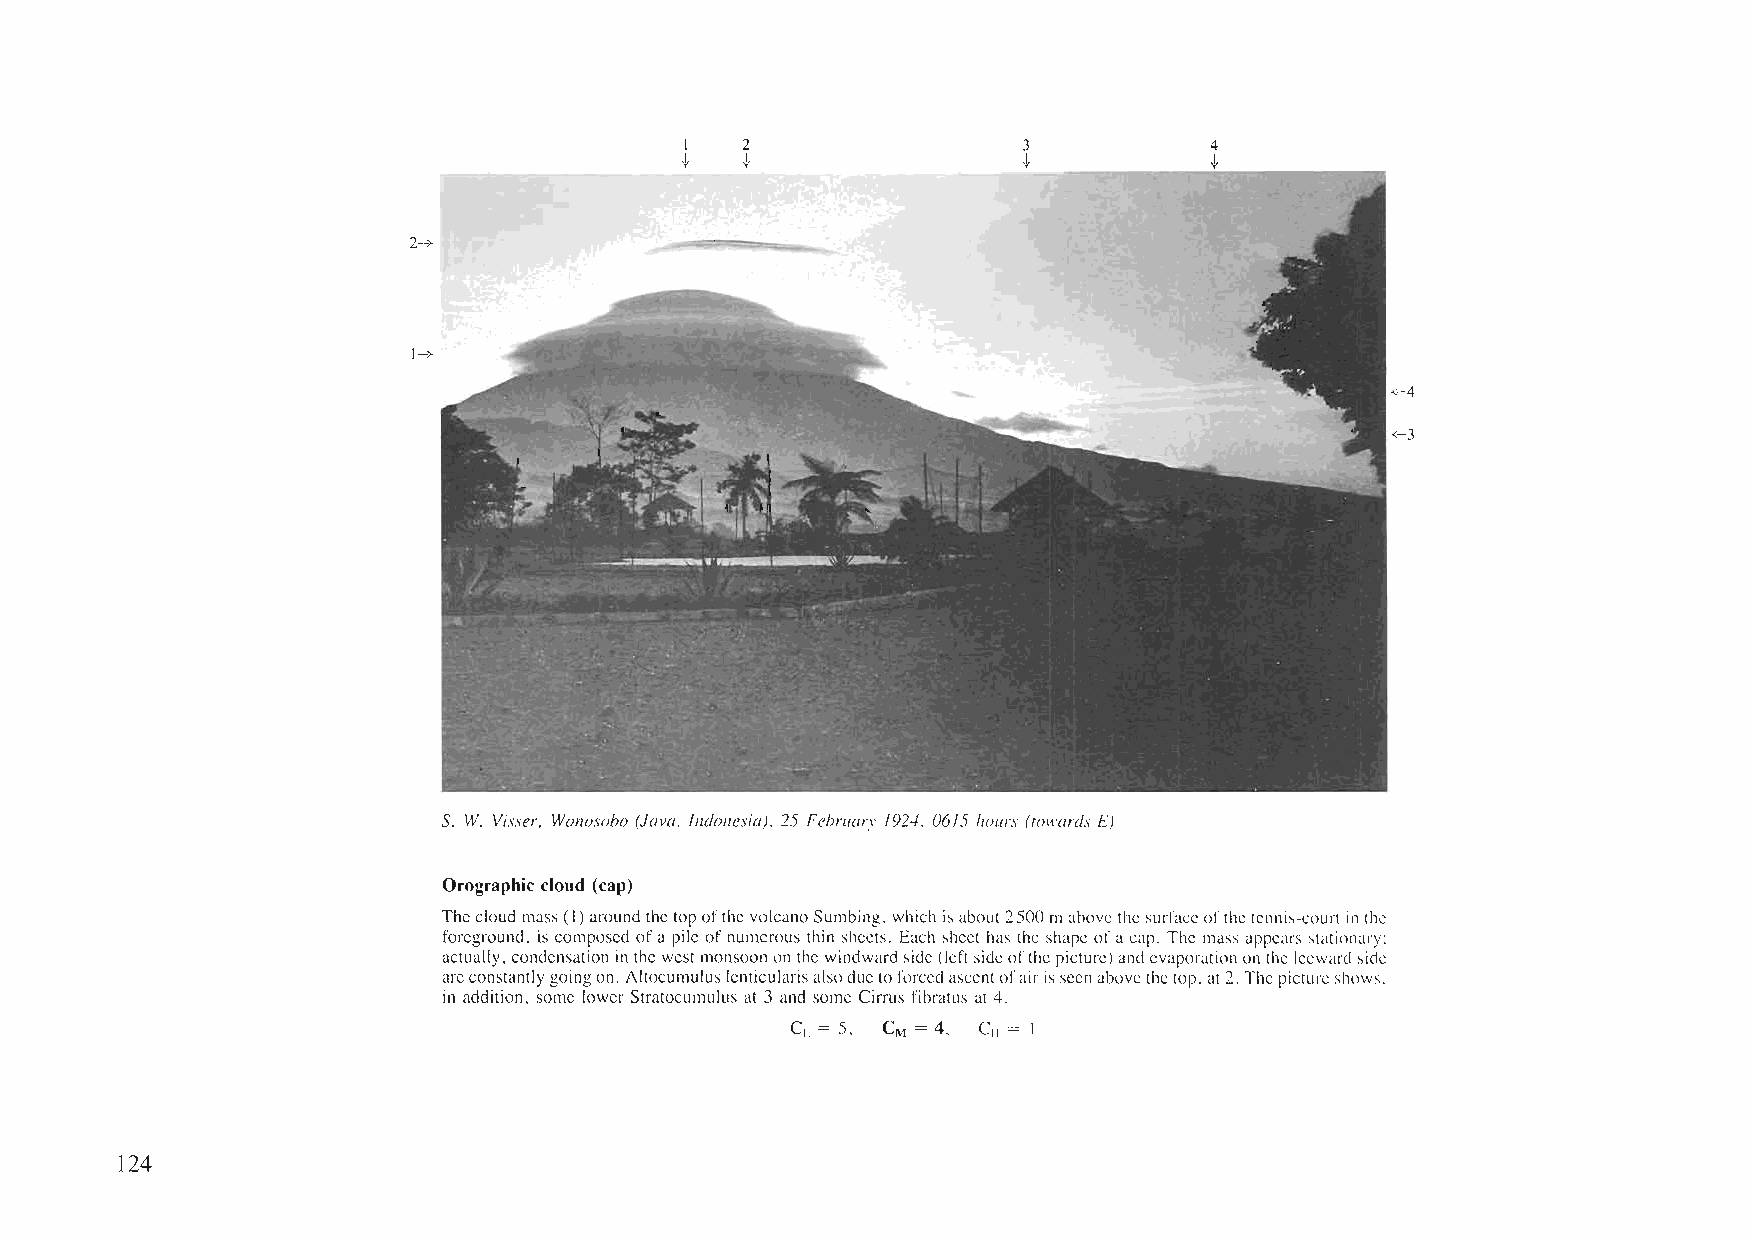
2->-
 1->-
 4
 S. W. Visser, Wonosobo (Java, Indonesia), 25 Februarv 1924, 0615 hours (lOwards E)
 Orographic cloud (cap)
 Thecloudmass(I)aroundthetopofthe volcanoSumbing, which isabout2500mabovethe surfaceofthe tennis-court inthe
 foreground, is composed ofapile ofnumerous thin sheets. Each sheet has the shape ofacap. The mass appears stationary;
 actually, condensation inthe westmonsoonon the windward side(leftsideofthepicture)andevaporationon the leewardside
 areconstantlygoingon. AltoculTIuluslenticularisalsodueto forcedascentofairisseenabovethetop, at2. Thepictureshows.
 in addition, some lower Stratocumulus at 3 and some Cirrus fibratus at4.
 CL = 5. CM = 4, C = I
 II
 124